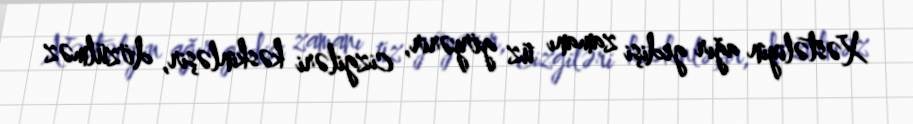
Xəstəliyin ağır gedişi zamanı üz göyərir, cizgiləri kəskinləşir, dözülməz